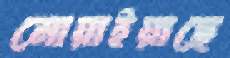
নোয়াইয়াছে